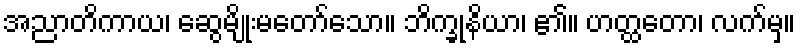
အညာတိကာယ၊ ဆွေမျိုးမတော်သော။ ဘိက္ခုနိယာ၊ ၏။ ဟတ္ထတော၊ လက်မှ။